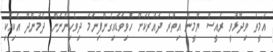
އަމީތު ވިދާޅުވީ ރައީސް ޔާމީން އިތުރު ދައުރަކަށް ހޮވިވަޑައިގެންފިނަމަ ދިވެހިންނަށް ދެމުންދާ އެކިއެކި